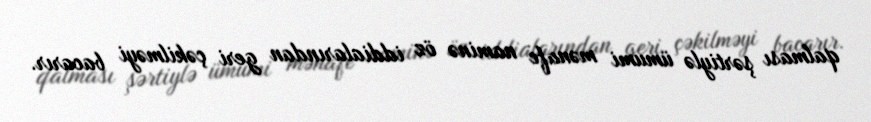
qalması şərtiylə ümumi mənafe naminə öz iddialarından geri çəkilməyi bacarır.